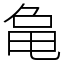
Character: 𬺞